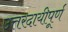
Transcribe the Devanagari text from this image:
उत्तरदायीपूर्ण